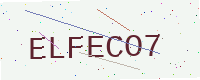
Text: ELFECO7